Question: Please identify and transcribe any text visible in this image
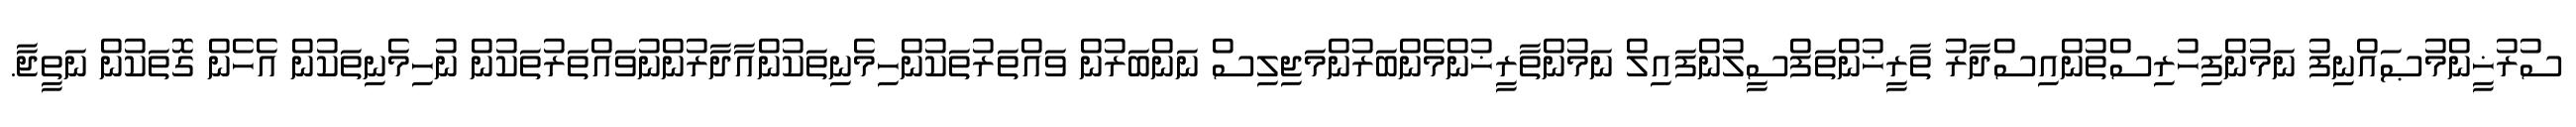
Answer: ސުރުޚީންމުޞައްނިފު ނަމުންފިހުރިސްތުންއިސްދާރު ތާރީޚުންތަފްސީލުންފައިލް ނަމުންތާރީޚުންމެންބަރުންމަޖިލިސް ނަންބަރުން ވައްތަރުތަކުންހިމެނިތަކުންއާދާރުންނުވައްތަރުތަކުން ނުހިމެނިތަކުން އެހެން ގޮތަކުން ނަތީޖާ.